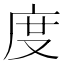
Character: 度